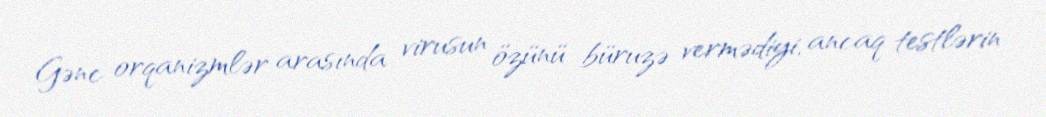
Gənc orqanizmlər arasında virusun özünü büruzə vermədiyi, ancaq testlərin